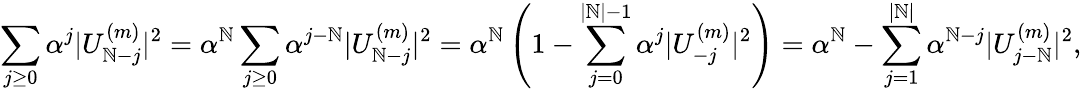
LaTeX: \sum_{j\ge0}{\alpha^{j}|U_{\mathbb{N}-j}^{(m)}|^{2}}=\alpha^{\mathbb{N}}\sum_{j\ge0}{\alpha^{j-\mathbb{N}}|U_{\mathbb{N}-j}^{(m)}|^{2}}=\alpha^{\mathbb{N}}\left(1-\sum_{j=0}^{|\mathbb{N}|-1}{\alpha^{j}|U_{-j}^{(m)}|^{2}}\right)=\alpha^{\mathbb{N}}-\sum_{j=1}^{|\mathbb{N}|}{\alpha^{\mathbb{N}-j}|U_{j-\mathbb{N}}^{(m)}|^{2}},